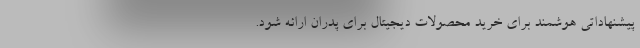
پیشنهاداتی هوشمند برای خرید محصولات دیجیتال برای پدران ارائه شود.